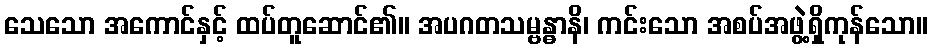
သေသော အကောင်နှင့် ထပ်တူဆောင်၏။ အပဂတသမ္ဗန္ဓာနိ၊ ကင်းသော အစပ်အဖွဲ့ရှိကုန်သော။